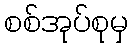
စစ်အုပ်စုမှ